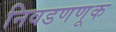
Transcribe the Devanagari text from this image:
निवडणणूक